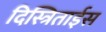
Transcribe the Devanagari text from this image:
दिस्त्रिताईस